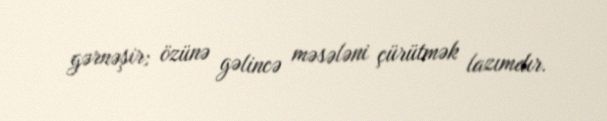
gərnəşir; özünə gəlincə məsələni çürütmək lazımdır.